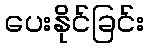
ပေးနိုင်ခြင်း